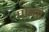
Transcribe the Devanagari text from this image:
पोन्यो